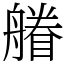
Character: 䒅